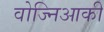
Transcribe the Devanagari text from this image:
वोज्निआकी